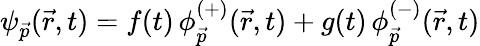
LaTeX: \psi_{\vec{p}}(\vec{r},t)=f(t)\, \phi_{\vec{p}}^{(+)}(\vec{r},t)+g(t)\, \phi_{\vec{p}}^{(-)}(\vec{r},t)